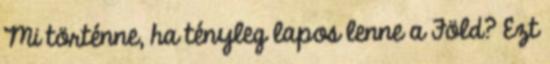
Mi történne, ha tényleg lapos lenne a Föld? Ezt